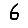
Digit: 6